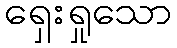
ရှေးရှုသော